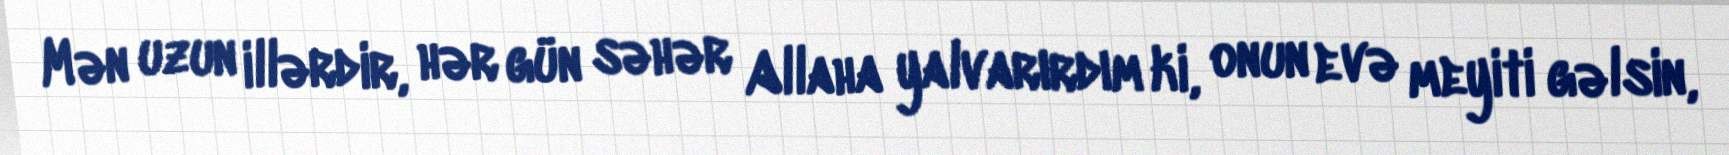
Mən uzun illərdir, hər gün səhər Allaha yalvarırdım ki, onun evə meyiti gəlsin,